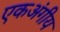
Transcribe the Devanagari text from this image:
एकअंगीय